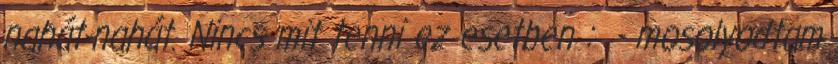
nahát-nahát. Nincs mit tenni ez esetben : - mosolyodtam